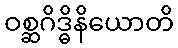
ဝစ္ဆဂိဒ္ဓိနိယောတိ